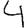
Digit: 4